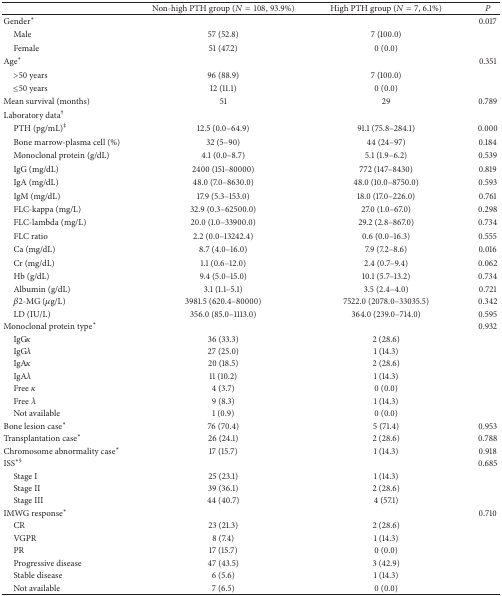
<table><thead><tr><td><b> </b></td><td><b>Non-high PTH group (<i>N</i> = 108, 93.9%)</b></td><td><b>High PTH group (<i>N</i> = 7, 6.1%)</b></td><td><b><i>P</i></b></td></tr></thead><tbody><tr><td>Gender*</td><td> </td><td> </td><td>0.017</td></tr><tr><td> Male </td><td>57 (52.8)</td><td>7 (100.0)</td><td> </td></tr><tr><td> Female</td><td>51 (47.2)</td><td>0 (0.0)</td><td> </td></tr><tr><td>Age*</td><td> </td><td> </td><td>0.351</td></tr><tr><td> &gt;50 years</td><td>96 (88.9)</td><td>7 (100.0)</td><td> </td></tr><tr><td> ≤50 years</td><td>12 (11.1)</td><td>0 (0.0)</td><td> </td></tr><tr><td>Mean survival (months)</td><td>51</td><td>29</td><td>0.789</td></tr><tr><td>Laboratory data<sup>†</sup></td><td> </td><td> </td><td> </td></tr><tr><td> PTH (pg/mL)<sup>‡</sup></td><td>12.5 (0.0–64.9)</td><td>91.1 (75.8–284.1)</td><td>0.000</td></tr><tr><td> Bone marrow-plasma cell (%)</td><td>32 (5–90)</td><td>44 (24–97)</td><td>0.184</td></tr><tr><td> Monoclonal protein (g/dL)</td><td>4.1 (0.0–8.7)</td><td>5.1 (1.9–6.2)</td><td>0.539</td></tr><tr><td> IgG (mg/dL)</td><td>2400 (151–80000)</td><td>772 (147–8430)</td><td>0.819</td></tr><tr><td> IgA (mg/dL)</td><td>48.0 (7.0–8630.0)</td><td>48.0 (10.0–8750.0)</td><td>0.593</td></tr><tr><td> IgM (mg/dL)</td><td>17.9 (5.3–153.0)</td><td>18.0 (17.0–226.0)</td><td>0.761</td></tr><tr><td> FLC-kappa (mg/L)</td><td>32.9 (0.3–62500.0)</td><td>27.0 (1.0–67.0)</td><td>0.298</td></tr><tr><td> FLC-lambda (mg/L)</td><td>20.0 (1.0–33900.0)</td><td>29.2 (2.8–867.0)</td><td>0.734</td></tr><tr><td> FLC ratio</td><td>2.2 (0.0–13242.4)</td><td>0.6 (0.0–16.3)</td><td>0.555</td></tr><tr><td> Ca (mg/dL)</td><td>8.7 (4.0–16.0)</td><td>7.9 (7.2–8.6)</td><td>0.016</td></tr><tr><td> Cr (mg/dL)</td><td>1.1 (0.6–12.0)</td><td>2.4 (0.7–9.4)</td><td>0.062</td></tr><tr><td> Hb (g/dL)</td><td>9.4 (5.0–15.0)</td><td>10.1 (5.7–13.2)</td><td>0.734</td></tr><tr><td> Albumin (g/dL)</td><td>3.1 (1.1–5.1)</td><td>3.5 (2.4–4.0)</td><td>0.721</td></tr><tr><td> <i>β</i>2-MG (<i>μ</i>g/L)</td><td>3981.5 (620.4–80000)</td><td>7522.0 (2078.0–33035.5)</td><td>0.342</td></tr><tr><td> LD (IU/L)</td><td>356.0 (85.0–1113.0)</td><td>364.0 (239.0–714.0)</td><td>0.595</td></tr><tr><td>Monoclonal protein type*</td><td> </td><td> </td><td>0.932</td></tr><tr><td> IgG<i>κ</i></td><td>36 (33.3)</td><td>2 (28.6)</td><td> </td></tr><tr><td> IgG<i>λ</i></td><td>27 (25.0)</td><td>1 (14.3)</td><td> </td></tr><tr><td> IgA<i>κ</i></td><td>20 (18.5)</td><td>2 (28.6)</td><td> </td></tr><tr><td> IgA<i>λ</i></td><td>11 (10.2)</td><td>1 (14.3)</td><td> </td></tr><tr><td> Free <i>κ</i></td><td>4 (3.7)</td><td>0 (0.0)</td><td> </td></tr><tr><td> Free <i>λ</i></td><td>9 (8.3)</td><td>1 (14.3)</td><td> </td></tr><tr><td> Not available</td><td>1 (0.9)</td><td>0 (0.0)</td><td> </td></tr><tr><td>Bone lesion case*</td><td>76 (70.4)</td><td>5 (71.4)</td><td>0.953</td></tr><tr><td>Transplantation case*</td><td>26 (24.1)</td><td>2 (28.6)</td><td>0.788</td></tr><tr><td>Chromosome abnormality case*</td><td>17 (15.7)</td><td>1 (14.3)</td><td>0.918</td></tr><tr><td>ISS<sup>∗§</sup></td><td> </td><td> </td><td>0.685</td></tr><tr><td> Stage I</td><td>25 (23.1)</td><td>1 (14.3)</td><td> </td></tr><tr><td> Stage II</td><td>39 (36.1)</td><td>2 (28.6)</td><td> </td></tr><tr><td> Stage III</td><td>44 (40.7)</td><td>4 (57.1)</td><td> </td></tr><tr><td>IMWG response*</td><td> </td><td> </td><td>0.710</td></tr><tr><td> CR</td><td>23 (21.3)</td><td>2 (28.6)</td><td> </td></tr><tr><td> VGPR</td><td>8 (7.4)</td><td>1 (14.3)</td><td> </td></tr><tr><td> PR</td><td>17 (15.7)</td><td>0 (0.0)</td><td> </td></tr><tr><td> Progressive disease</td><td>47 (43.5)</td><td>3 (42.9)</td><td> </td></tr><tr><td> Stable disease</td><td>6 (5.6)</td><td>1 (14.3)</td><td> </td></tr><tr><td> Not available</td><td>7 (6.5)</td><td>0 (0.0)</td><td> </td></tr></tbody></table>